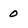
Character: 0